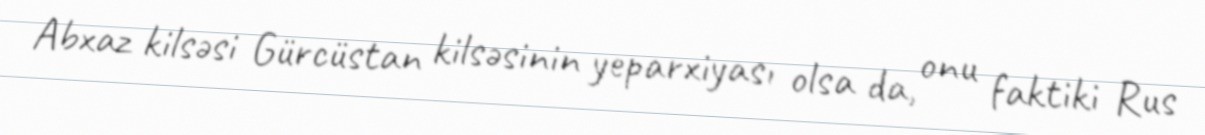
Abxaz kilsəsi Gürcüstan kilsəsinin yeparxiyası olsa da, onu faktiki Rus